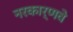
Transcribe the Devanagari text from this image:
नरकार्णवे